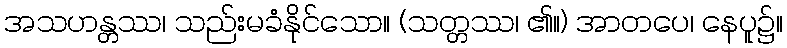
အသဟန္တဿ၊ သည်းမခံနိုင်သော။ (သတ္တဿ၊ ၏။) အာတပေ၊ နေပူ၌။